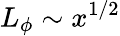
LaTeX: L_{\phi}\sim x^{1/2}